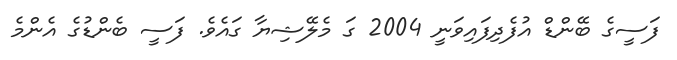
ފަސީގެ ބޭންޑް އުފެދިފައިވަނީ 2004 ގަ މެލޭޝިޔާ ގައެވެ. ފަސީ ބެންޑުގެ އެންމެ